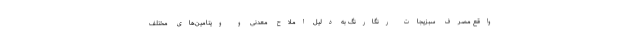
واقع مصرف سبزیجات رنگارنگ به دلیل املاح معدنی و ویتامین‌های مختلف